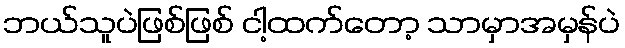
ဘယ်သူပဲဖြစ်ဖြစ် ငါ့ထက်တော့ သာမှာအမှန်ပဲ